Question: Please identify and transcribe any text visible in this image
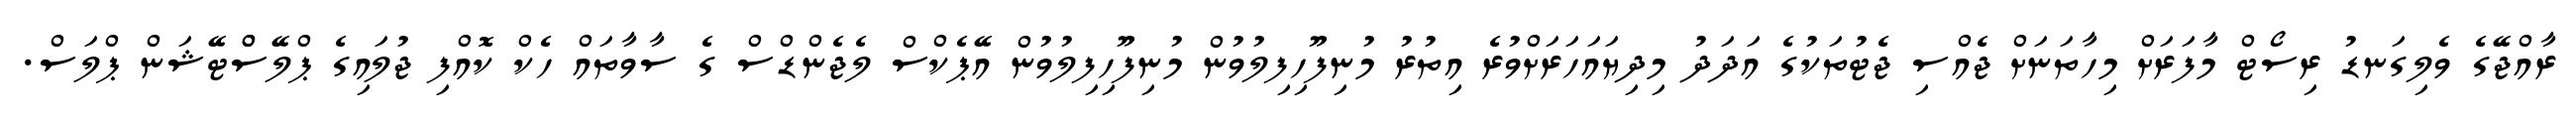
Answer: ރާއްޖޭގެ ވެލިގަނޑު ރިސޯޓް މާފަރަށް މިހާތަނަށް ޖެއްސި ޖެޓުތަކުގެ އަދަދު މިދިޔައަހަރަށްވުރެ އިތުރު މުނިފޫހިފިލުވުން މުނިފޫހިފިލުވުން އޭޕެކްސް ލެޖެންޑްސް ގެ ސާވާތައް ހެކް ކޮއްފި ޖުލައިގެ ޕްލޭސްްޓޭޝަން ޕްލަސް.